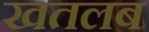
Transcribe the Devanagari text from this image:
खतलब